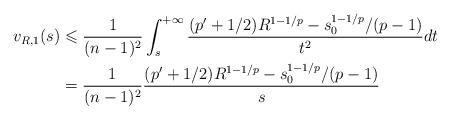
LaTeX: \begin{align*}v_{R,1}(s)& \leqslant \frac1{(n-1)^2}\int_s^{+\infty} \frac{(p'+1/2)R^{1-1/p} -s_0^{1-1/p}/(p-1)}{t^2} dt\\&=\frac1{(n-1)^2}\frac{(p'+1/2)R^{1-1/p} -s_0^{1-1/p}/(p-1)}{s}\end{align*}